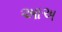
આઅ